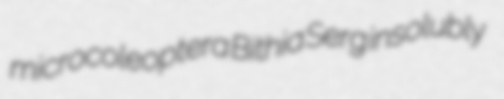
microcoleoptera Bithia Serg insolubly